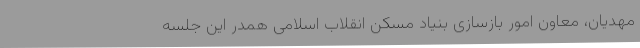
مهدیان، معاون امور بازسازی بنیاد مسکن انقلاب اسلامی همدر این جلسه